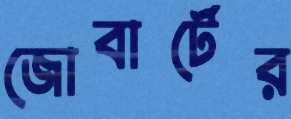
জোবার্টের